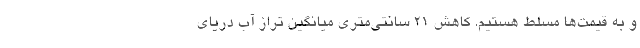
و به قیمت‌ها مسلط هستیم. کاهش ۲۱ سانتی‌متری میانگین تراز آب دریای